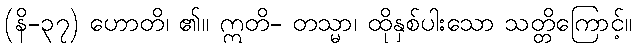
(နိ-၃၇) ဟောတိ၊ ၏။ ဣတိ- တသ္မာ၊ ထိုနှစ်ပါးသော သတ္တိကြောင့်။